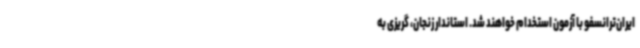
ایران‌ترانسفو با آزمون استخدام خواهند شد. استاندار زنجان، گریزی به